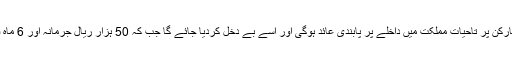
ہروب والے کارکن پر تاحیات مملکت میں داخلے پر پابندی عائد ہوگی اور اسے بے دخل کردیا جائے گا جب کہ 50 ہزار ریال جرمانہ اور 6 ماہ قید بھی ہوگی۔